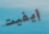
إيفيت